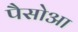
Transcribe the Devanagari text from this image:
पैसोआ